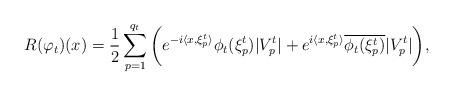
LaTeX: \begin{align*} R(\varphi_t)(x) = \frac{1}{2}\sum_{p=1} ^{q_t} \bigg( e^{-i \langle x, \xi_p ^t \rangle} \phi_t(\xi_p ^t) |V_p ^t| + e^{i \langle x, \xi_p ^t \rangle} \overline{\phi_t(\xi_p ^t)} |V_p ^t| \bigg), \end{align*}